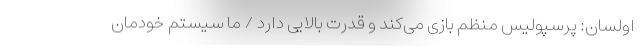
اولسان: پرسپولیس منظم بازی می‌کند و قدرت بالایی دارد / ما سیستم خودمان